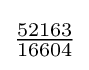
{\tfrac {52163}{16604}}